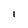
Character: I